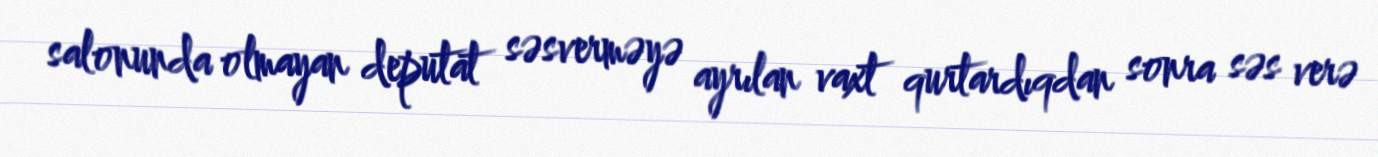
salonunda olmayan deputat səsverməyə ayrılan vaxt qurtardıqdan sonra səs verə